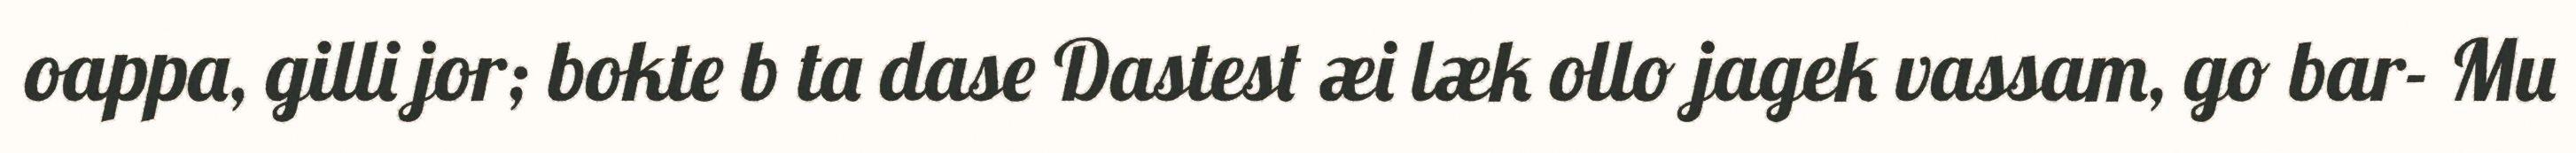
oappa, gilli jor; bokte b ta dase Dastest æi læk ollo jagek vassam, go bar- Mu